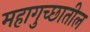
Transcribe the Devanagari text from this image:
महागुच्छातील